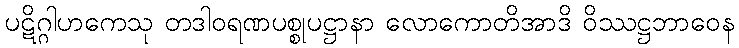
ပဋိဂ္ဂါဟကေသု တဒါဝရဏပစ္စုပဋ္ဌာနာ လောကောတိအာဒိ ဝိဿဋ္ဌဘာဝေန